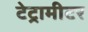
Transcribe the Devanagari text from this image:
टेट्रामीटर